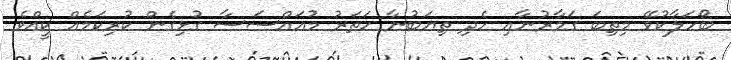
ބޯހަލާކުވޭ މިތިބަ ގަމާރުނާއި ހެދި ތިޔަބުނާ ހަތަރު މުއައްސަސާ ގުޅިގެން ކުރިކަމެއް ކީއްވެ